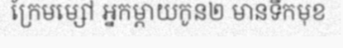
ក្រែមម្សៅ អ្នកម្តាយកូន២ មានទឹកមុខ